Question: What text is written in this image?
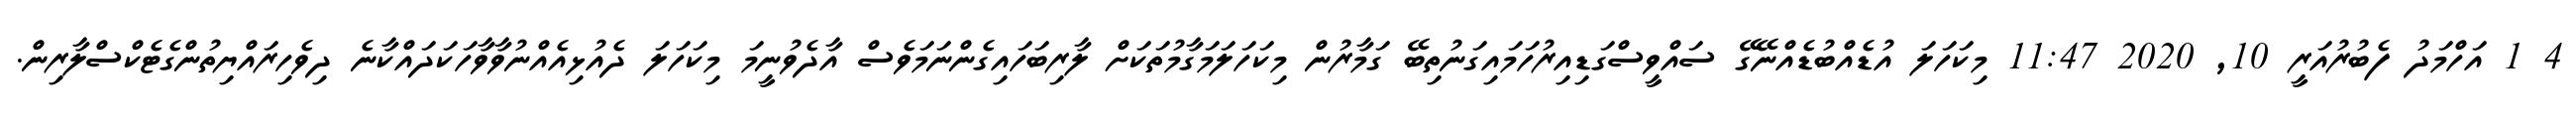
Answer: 4 1 އަހްމަދު ފެބުރުއަރީ 10, 2020 11:47 މިކަހަލަ އުޑެއްބުޑެއްނޭގޭ ސައްވީސްގަޑިއިރުހަމައިގަނުތިބޭ ގަމާރުން މިކަހަލަމަގާމުތަކަށް ލާރިބަހައިގެންނަމަވެސް އާދެވުނީމަ މިކަހަލަ ދެއުޅިއެއްނުވާވާހަކަދައްކާނެ ދިވެހިރައްޔިތުންގެޓެކްސްލާރިން.